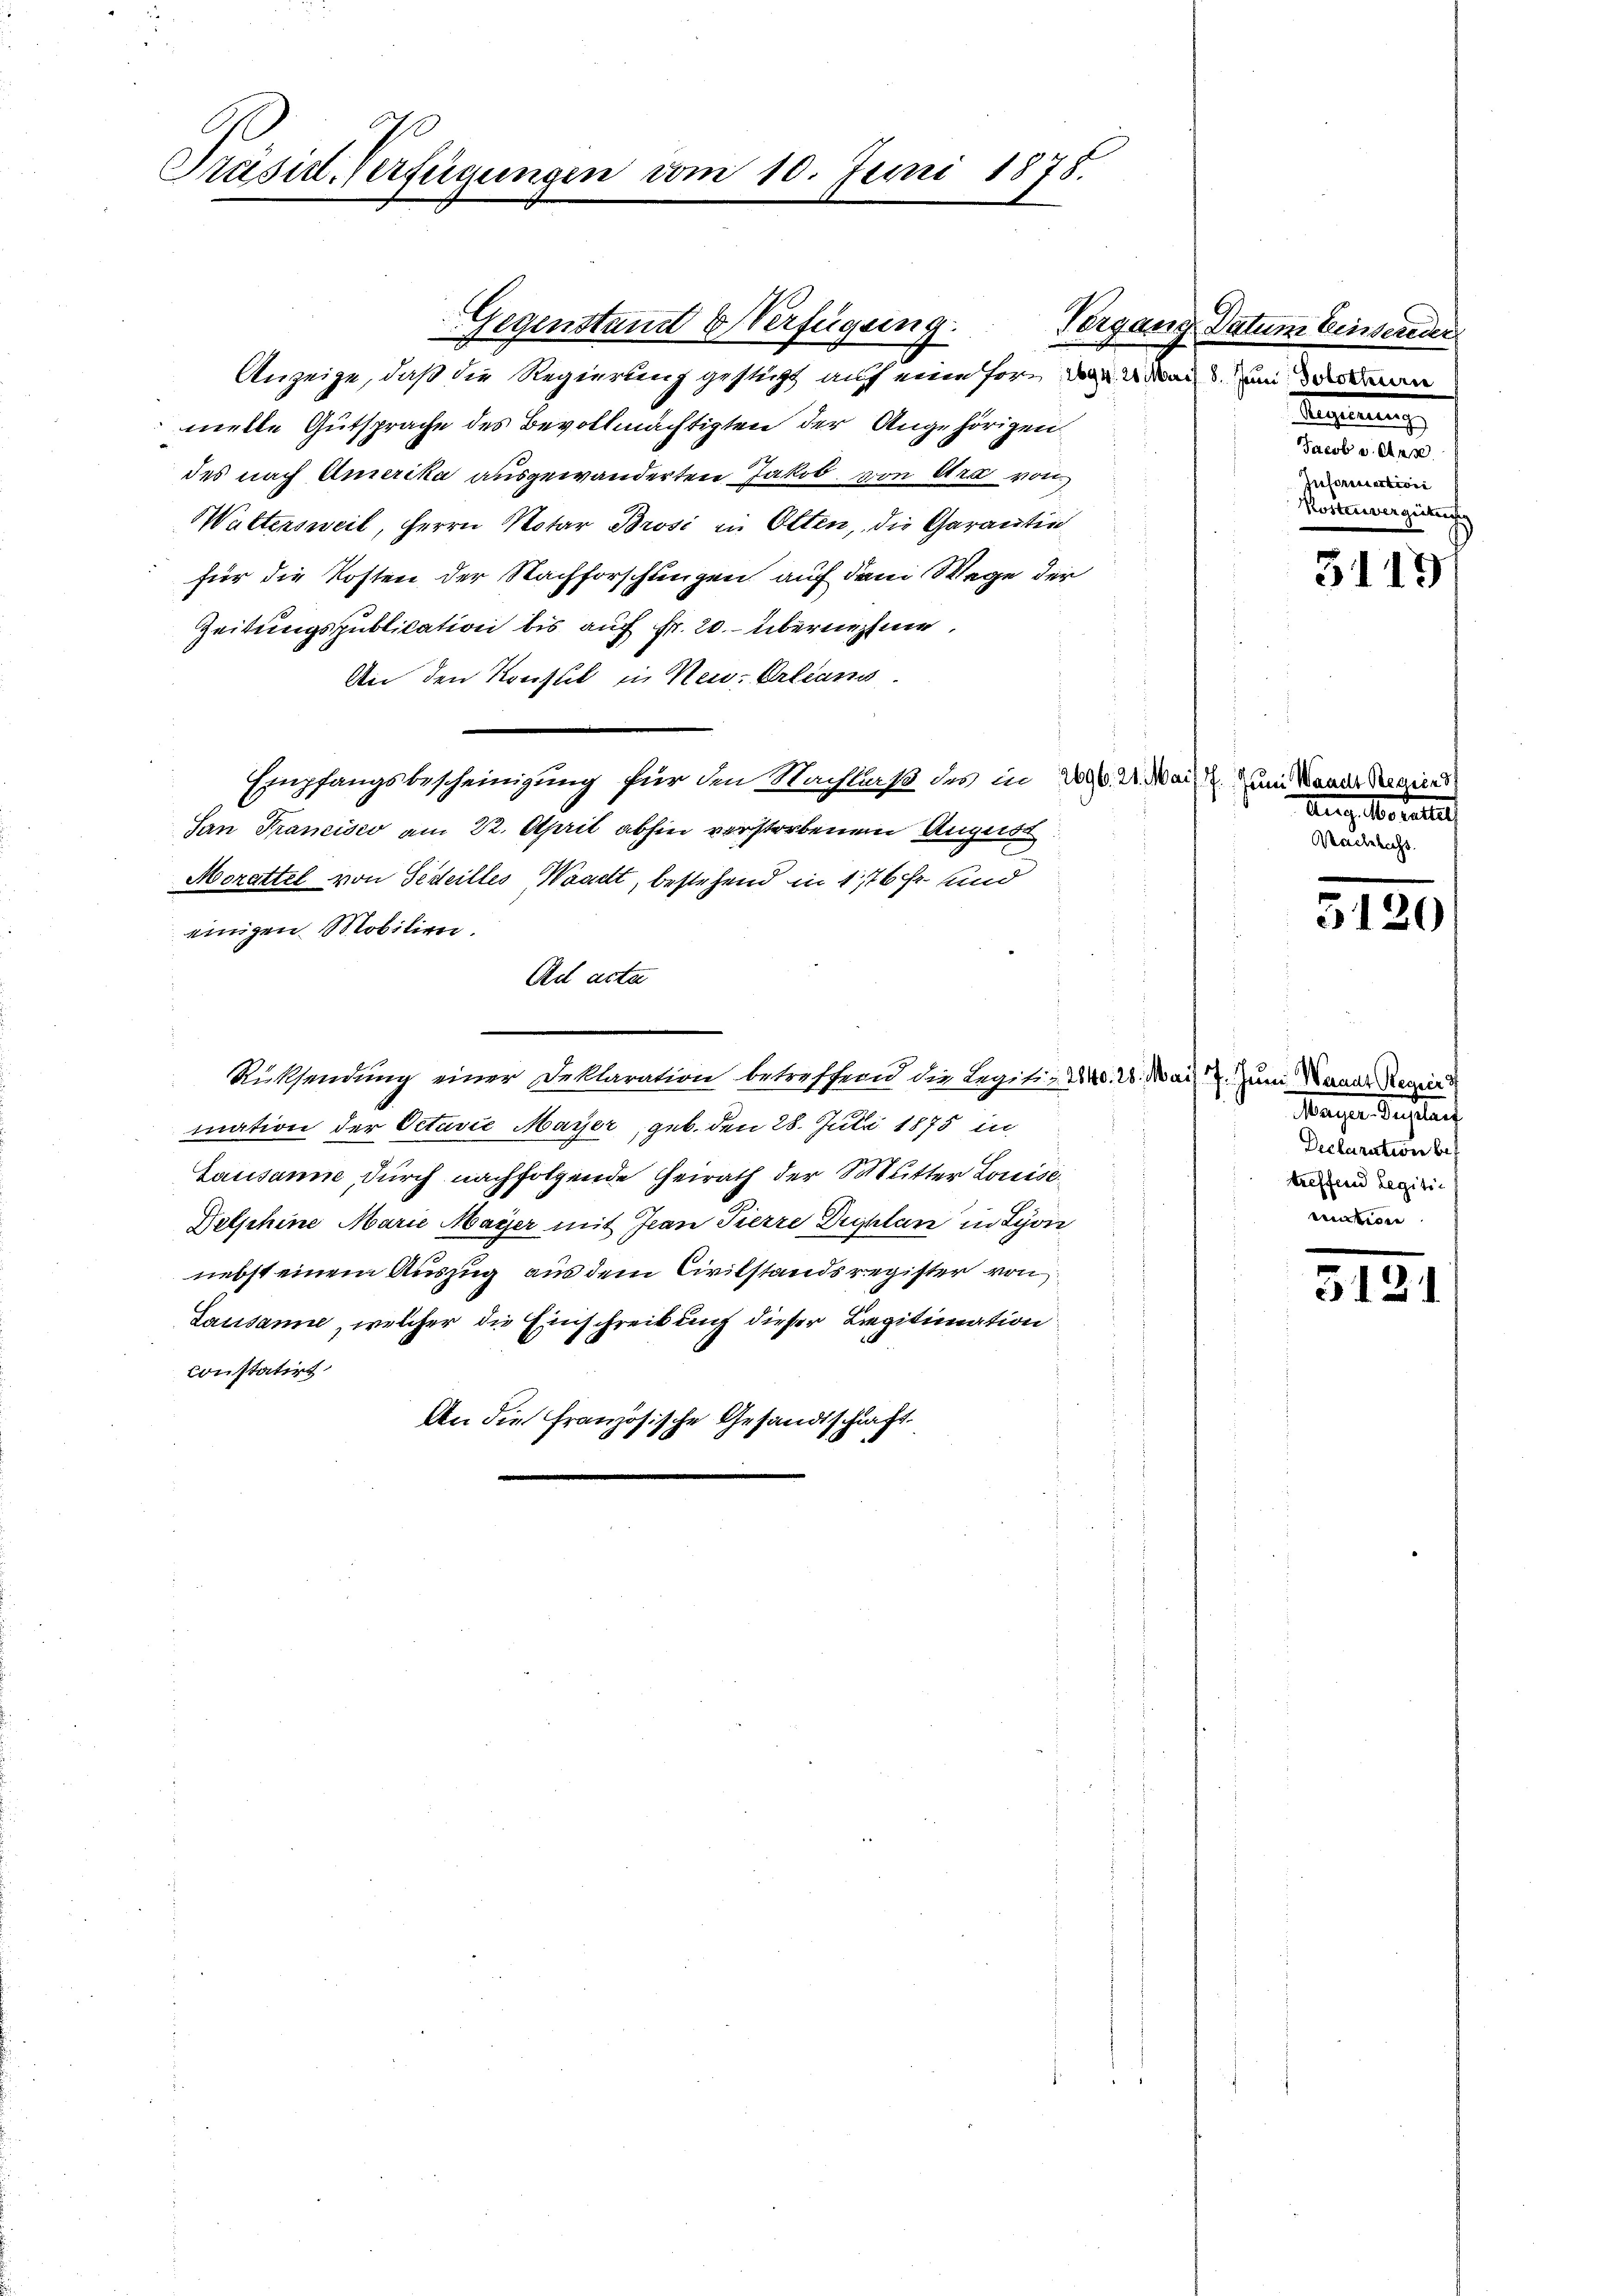
Präsid. Verfügungen

Gegenstand & Verfügung.
Anzeige, daß die Regierung gestigt auf eine Form dann aus um dann
melle Gutsprache des Bevollmächtigten der Angehörigen,
des nach Amerika ausgewanderten Jakob von er von
Waltersweil, Herrn Notar Brosi in Otten, die Garantin
für die Kosten der Nachforschungen auf dem Wege der
Zeitungspublication bis auch Fr. 20. übernehme
An den Konsul in Neu-Orleans
Empfangsbescheinigung für den Nachlaß des in 20. d. Mai. Zum Mende Regien
San Francisco am 22. April abhin verstorbenen August
Morettel von Gedeilles Waadt, bestehend in 176 fr. und
einigen Mobilien.
Ad acta
Rücksendung einer Deklaration betreffend die Legiti, d. 20. Mai. Zum Kanal Regier
mation der Octavić Mayer, geb. den 28. Juli 1875 in
Lausanne, durch nachfolgende Heirath der Stutter Louise
Delphine Marie Mayer mit Jean Pierre Duplan in Lyon
nebst einem Auszug aus dem Civilstandsregister von
Lausanne, welcher die Einschreibung dieser Legitimation
Constatirt
An die französische Gesandtschaft.

10. Juni 1878.

Vorgang Datum Einsereder
Regierung
Jacob v. Aer
Iusorisation
Kostenvergütung

3119

Aug. bereich
Wachelicht.

5120

Mayer Secretarif
Declaration bes
treffend Legiti
rection

e
3121